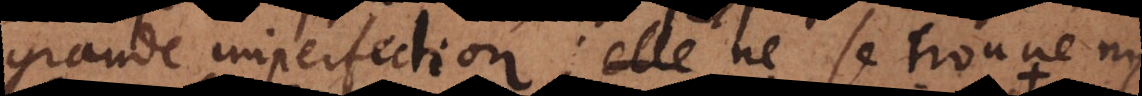
grande imperfection; et ne se trouve